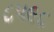
૮૫૯૮